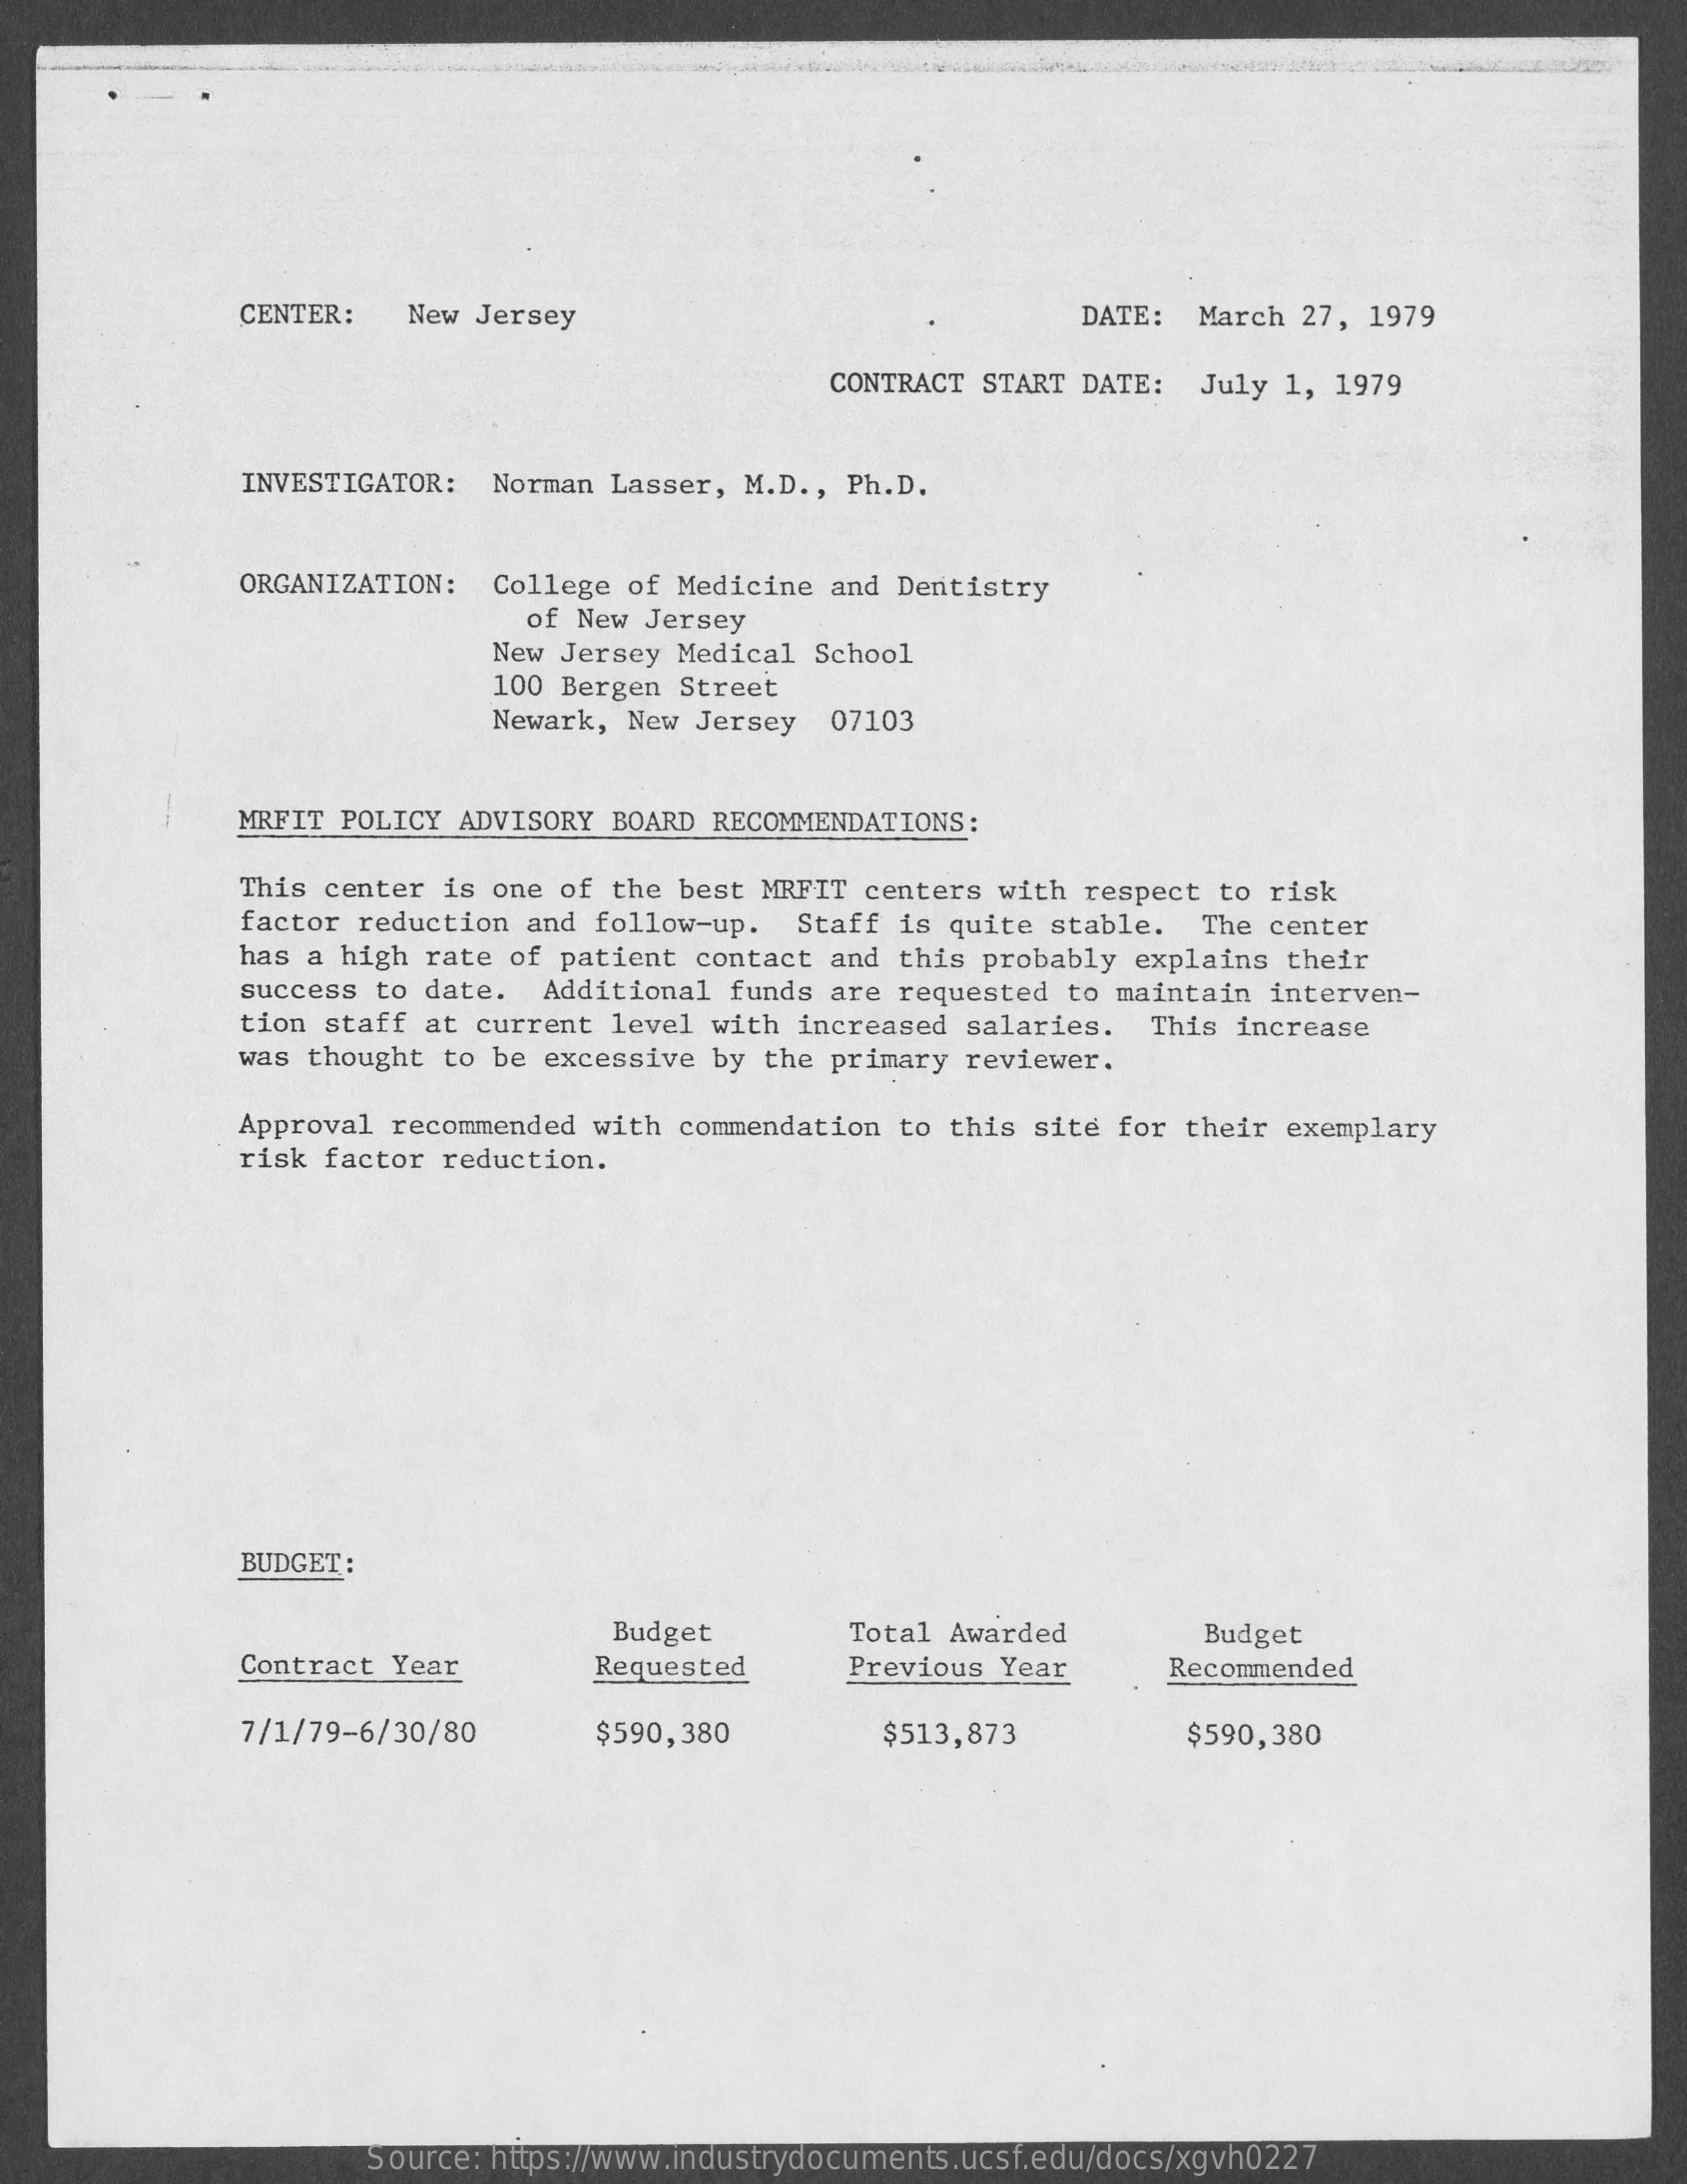
CENTER: New Jersey    DATE: March 27, 1979
     CONTRACT START DATE: July 1, 1979
     INVESTIGATOR: Norman Lasser, M.D ., Ph.D.
     ORGANIZATION: College of Medicine and Dentistry
     of New Jersey
     New Jersey Medical School
     100 Bergen Street
     Newark, New Jersey 07103
     MRFIT POLICY ADVISORY BOARD RECOMMENDATIONS:
     This center is one of the best MRFIT centers with respect to risk
     factor reduction and follow-up. Staff is quite stable. The center
     has a high rate of patient contact and this probably explains their
     success to date. Additional funds are requested to maintain interven-
     tion staff at current level with increased salaries. This increase
     was thought to be excessive by the primary reviewer.
     Approval recommended with commendation to this site for their exemplary
     risk factor reduction.
     BUDGET:
     Budget    Total Awarded    Budget
     Contract Year    Requested    Previous Year   Recommended
     7/1/79-6/30/80    $590,380    $513,873    $590,380
     Source: https://www.industrydocuments.ucsf.edu/docs/xgvh0227